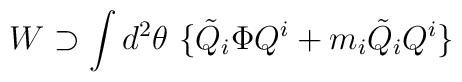
W \supset \int d^2 \theta \ \{ {\tilde{Q}}_i \Phi Q^i + m_i{\tilde{Q}}_i Q^i \}